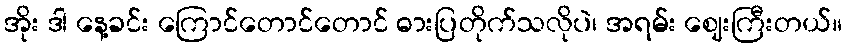
အိုး ဒါ နေ့ခင်း ကြောင်တောင်တောင် ဓားပြတိုက်သလိုပဲ၊ အရမ်း ဈေးကြီးတယ်။